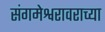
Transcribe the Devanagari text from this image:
संगमेश्वरावराच्या